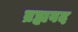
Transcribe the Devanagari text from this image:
ब्रह्मवद